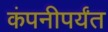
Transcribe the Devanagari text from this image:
कंपनीपर्यंत